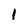
Character: l